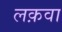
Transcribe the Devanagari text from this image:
लक़वा